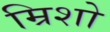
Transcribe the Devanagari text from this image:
म्रिशो